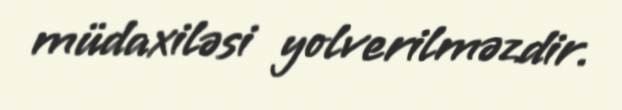
müdaxiləsi yolverilməzdir.